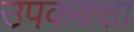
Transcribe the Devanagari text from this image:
उपकक्क्षा